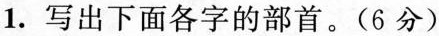
1.写出下面各字的部首。(6分)